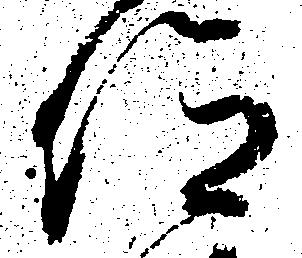
仰